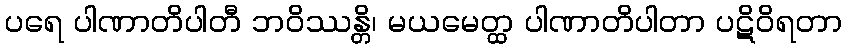
ပရေ ပါဏာတိပါတီ ဘဝိဿန္တိ၊ မယမေတ္ထ ပါဏာတိပါတာ ပဋိဝိရတာ